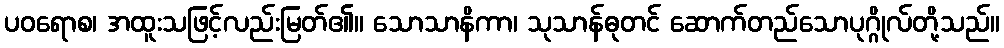
ပဝရောစ၊ အထူးသဖြင့်လည်းမြတ်၏။ သောသာနိကာ၊ သုသာန်ဓုတင် ဆောက်တည်သောပုဂ္ဂိုလ်တို့သည်။